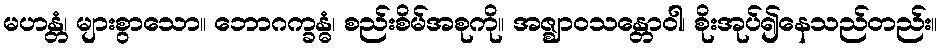
မဟန္တံ၊ များစွာသော။ ဘောဂက္ခန္ဓံ၊ စည်းစိမ်အစုကို။ အဇ္ဈာဝသန္တောဝါ၊ စိုးအုပ်၍နေသည်တည်း။